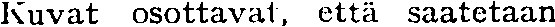
Kuvat osottavat, että saatetaan